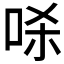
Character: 𱒞